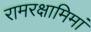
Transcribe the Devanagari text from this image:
रामरक्षामिमां